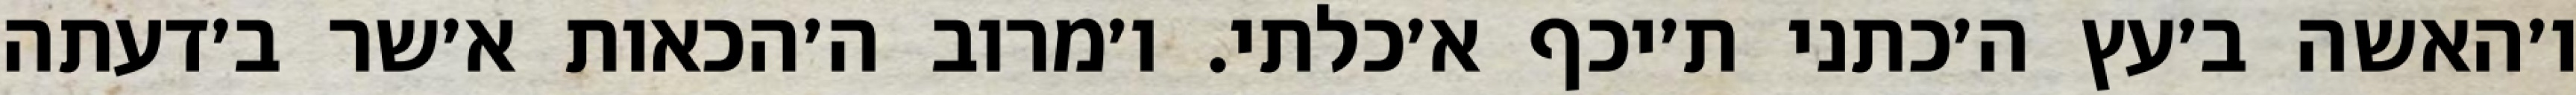
ו׳האשה ב׳עץ ה׳כתני ת׳יכף א׳כלתי. ו׳מרוב ה׳הכאות א׳שר ב׳דעתה